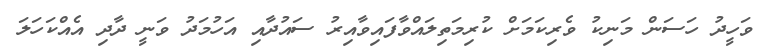
ވަހީދު ހަސަން މަނިކު ވެރިކަމަށް ކުރިމަތިލައްވާފައިވާއިރު ސައުދާއި އަހުމަދު ވަނީ ދާދި އެއްކަހަލަ